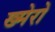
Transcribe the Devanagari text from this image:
ख्मेरो